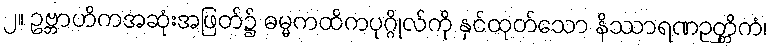
၂။ ဥဗ္ဘာဟိကအဆုံးအဖြတ်၌ ဓမ္မကထိကပုဂ္ဂိုလ်ကို နှင်ထုတ်သော နိဿာရဏဉတ္တိကံ၊